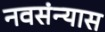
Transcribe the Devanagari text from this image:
नवसंन्यास